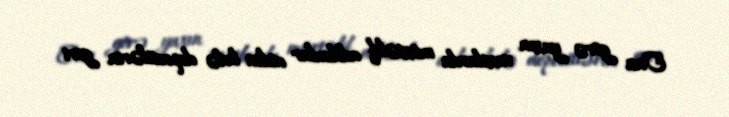
Ona görə yaxın vaxtlarda müxtəlif addımlar atılsa belə depozitlərin geri